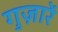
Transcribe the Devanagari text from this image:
गुज़ारें